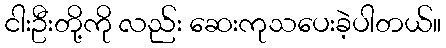
ငါးဦးတို့ကို လည်း ဆေးကုသပေးခဲ့ပါတယ်။